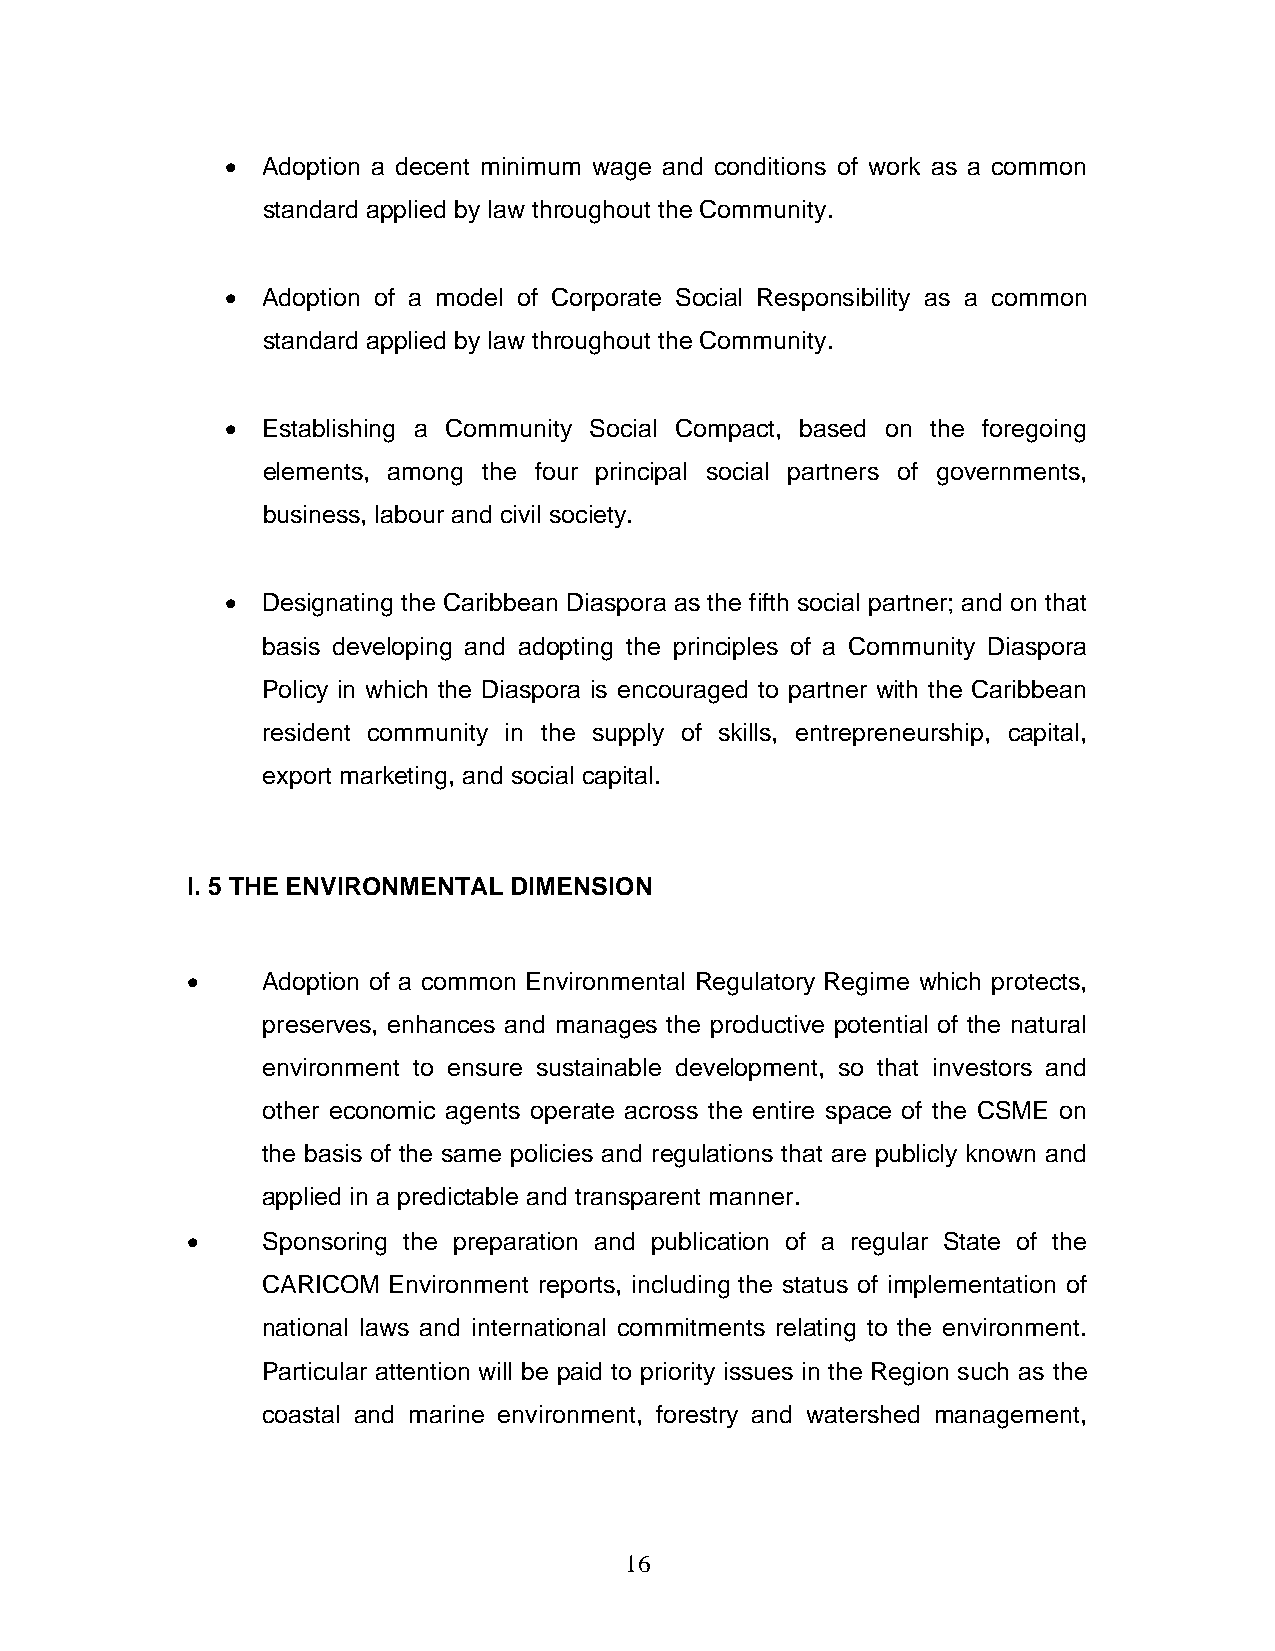
• Adoption a decent minimum wage and conditions of work as a common
 standard applied by law throughout the Community.
 • Adoption of a model of Corporate Social Responsibility as a common
 standard applied by law throughout the Community.
 • Establishing a Community Social Compact, based on the foregoing
 elements, among the four principal social partners of governments,
 business, labour and civil society.
 • Designating the Caribbean Diaspora as the fifth social partner; and on that
 basis developing and adopting the principles of a Community Diaspora
 Policy in which the Diaspora is encouraged to partner with the Caribbean
 resident community in the supply of skills, entrepreneurship, capital,
 export marketing, and social capital.
 I. 5 THE ENVIRONMENTAL DIMENSION
 •    Adoption of a common Environmental Regulatory Regime which protects,
 preserves, enhances and manages the productive potential of the natural
 environment to ensure sustainable development, so that investors and
 other economic agents operate across the entire space of the CSME on
 the basis of the same policies and regulations that are publicly known and
 applied in a predictable and transparent manner.
 •    Sponsoring the preparation and publication of a regular State of the
 CARICOM  Environment reports, including the status of implementation of
 national laws and international commitments relating to the environment.
 Particular attention will be paid to priority issues in the Region such as the
 coastal and marine environment, forestry and watershed management,
 16